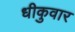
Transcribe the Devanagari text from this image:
धीकुवार